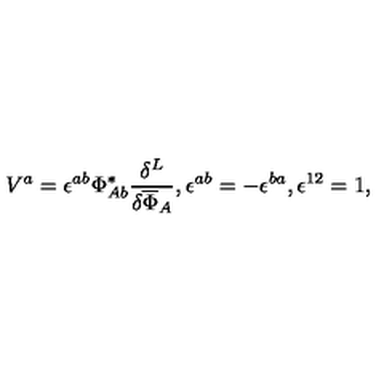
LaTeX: V ^ { a } = \epsilon ^ { a b } \Phi _ { A b } ^ { * } \frac { \delta ^ { L } } { \delta \overline { { \Phi } } _ { A } } , \epsilon ^ { a b } = - \epsilon ^ { b a } , \epsilon ^ { 1 2 } = 1 ,